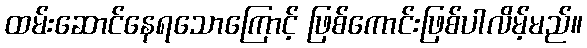
ထမ်းဆောင်နေရသောကြောင့် ဖြစ်ကောင်းဖြစ်ပါလိမ့်မည်။